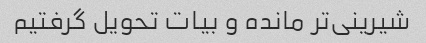
شیرینی‌تر مانده و بیات تحویل گرفتیم